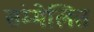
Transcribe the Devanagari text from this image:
संम्मेलित